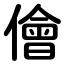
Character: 儈